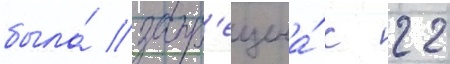
была́ запр'ещена́ с 22